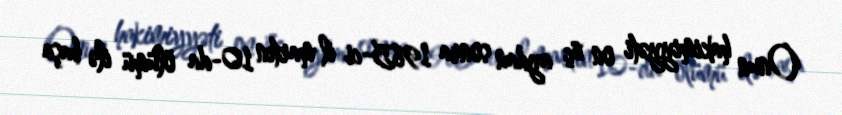
Onun hakimiyyəti on üç aydan sonra 1985-ci il martın 10-da ölümü ilə başa